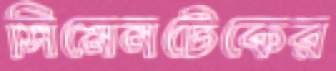
সিমেনটেকের